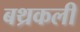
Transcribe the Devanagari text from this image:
बथ्रकली